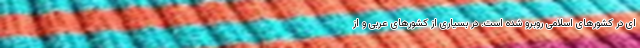
ای در کشورهای اسلامی روبرو شده است. در بسیاری از کشورهای عربی و از